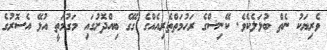
ވެރިޔަކު ނެތް ބުޅަލެކެވެ. ކޭނިސްގެ ރަހުމަތްތެރިއެއްގެ ގޭގެ ބިއްދޮށުގައި މަގުމަތީ އުޅޭ އެސޮރުގެ